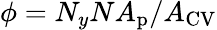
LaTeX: \phi=N_{y}NA_{\mathrm{{p}}}/A_{\mathrm{{CV}}}